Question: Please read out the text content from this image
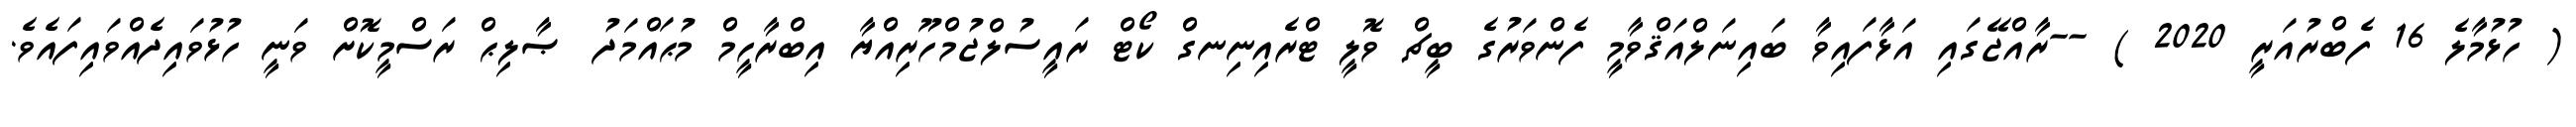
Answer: ( ހުޅުމާލެ 16 ފެބްރުއަރީ 2020 ) --ރާއްޖޭގައި އަޅާފައިވާ ބައިނަލްއަޤްވާމީ ފެންވަރުގެ ބީޗް ވޮލީ ޓްރެއިނިނގް ކޯޓް ރައީސުލްޖުމްހޫރިއްޔާ އިބްރާހީމް މުޙައްމަދު ޞާލިޙް ރަސްމީކޮށް ވަނީ ހުޅުވައިދެއްވައިފައެވެ.